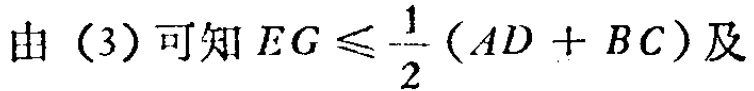
由（3）可知 \(EG\leqslant\frac{1}{2}(AD + BC)\)及